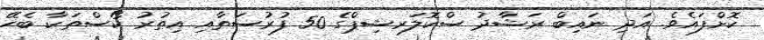
ކޮށްފައެވެ. އަދި ނައިބް ރަޝާދު ސްކޮލަރޝިޕްގެ 50 ފުރުސަތާއި އިތުރު ކޯސްތަކާ ބެހޭ